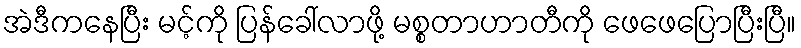
အဲဒီကနေပြီး မင့်ကို ပြန်ခေါ်လာဖို့ မစ္စတာဟာတီကို ဖေဖေပြောပြီးပြီ။